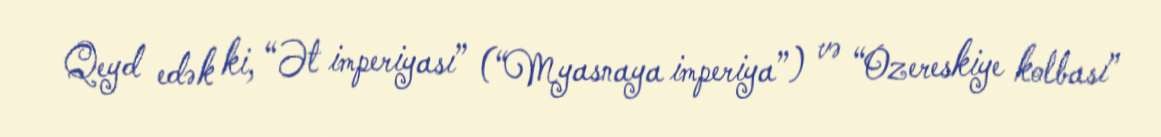
Qeyd edək ki, “Ət imperiyası” (“Myasnaya imperiya”) və “Ozereskiye kolbası”